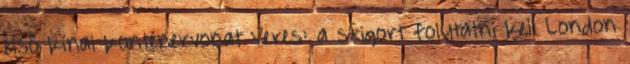
első kínai konténervonat Veres: a szigort folytatni kell London